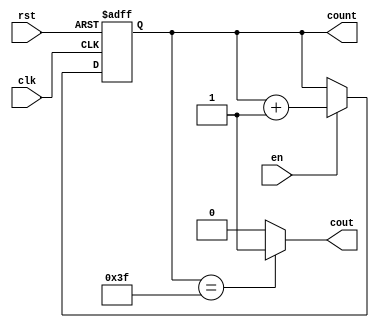
module counter64(input clk, rst, en, output cout, output reg [5:0] count);
	always @(posedge clk or posedge rst)
	begin
		if(rst)
			count <= 6'b000000;
		else if(en)
			count <= count+1;
	end
	assign cout = (count == 6'b111111) ? 1'b1 : 1'b0;
endmodule